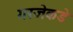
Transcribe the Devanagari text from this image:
गरजेकडे